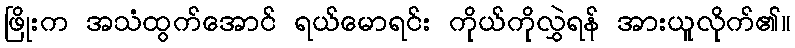
ဖြိုးက အသံထွက်အောင် ရယ်မောရင်း ကိုယ်ကိုလွှဲရန် အားယူလိုက်၏။